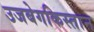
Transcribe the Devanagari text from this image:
उजबेगकिस्तान